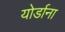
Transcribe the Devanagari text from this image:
योर्डाना